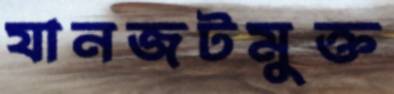
যানজটমুক্ত